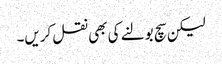
لیکن سچ بولنے کی بھی نقل کریں۔